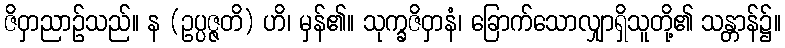
ဇိဝှာညာဉ်သည်။ န (ဥပ္ပဇ္ဇတိ) ဟိ၊ မှန်၏။ သုက္ခဇိဝှာနံ၊ ခြောက်သောလျှာရှိသူတို့၏ သန္တာန်၌။